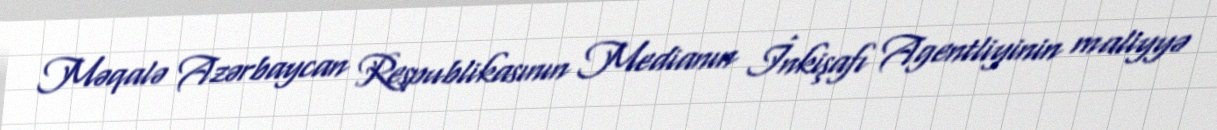
Məqalə Azərbaycan Respublikasının Medianın İnkişafı Agentliyinin maliyyə